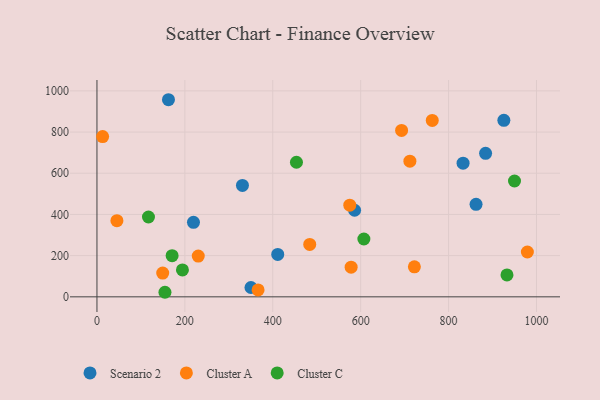
{"axis": {"x": "Price", "y": "Exam Score"}, "legend": ["Cluster A", "Cluster C", "Scenario 2"], "data": [{"x": "884.2", "y": 696.8, "type": "Scenario 2"}, {"x": "162.7", "y": 957.1, "type": "Scenario 2"}, {"x": "331.0", "y": 540.8, "type": "Scenario 2"}, {"x": "833.0", "y": 649.2, "type": "Scenario 2"}, {"x": "219.6", "y": 361.6, "type": "Scenario 2"}, {"x": "411.3", "y": 205.9, "type": "Scenario 2"}, {"x": "862.5", "y": 449.0, "type": "Scenario 2"}, {"x": "350.4", "y": 45.3, "type": "Scenario 2"}, {"x": "925.8", "y": 857.0, "type": "Scenario 2"}, {"x": "586.2", "y": 420.4, "type": "Scenario 2"}, {"x": "484.1", "y": 254.3, "type": "Cluster A"}, {"x": "712.0", "y": 658.9, "type": "Cluster A"}, {"x": "762.9", "y": 856.5, "type": "Cluster A"}, {"x": "693.1", "y": 808.2, "type": "Cluster A"}, {"x": "45.4", "y": 369.9, "type": "Cluster A"}, {"x": "230.5", "y": 198.1, "type": "Cluster A"}, {"x": "149.6", "y": 115.5, "type": "Cluster A"}, {"x": "575.2", "y": 445.1, "type": "Cluster A"}, {"x": "578.3", "y": 144.2, "type": "Cluster A"}, {"x": "722.2", "y": 145.7, "type": "Cluster A"}, {"x": "366.6", "y": 33.3, "type": "Cluster A"}, {"x": "12.9", "y": 778.2, "type": "Cluster A"}, {"x": "979.3", "y": 217.7, "type": "Cluster A"}, {"x": "117.2", "y": 387.7, "type": "Cluster C"}, {"x": "607.3", "y": 280.9, "type": "Cluster C"}, {"x": "453.9", "y": 653.4, "type": "Cluster C"}, {"x": "154.7", "y": 22.1, "type": "Cluster C"}, {"x": "194.5", "y": 130.5, "type": "Cluster C"}, {"x": "950.0", "y": 562.4, "type": "Cluster C"}, {"x": "932.9", "y": 106.2, "type": "Cluster C"}, {"x": "171.0", "y": 200.0, "type": "Cluster C"}]}